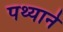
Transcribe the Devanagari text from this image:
पथ्याने